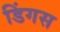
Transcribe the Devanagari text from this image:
डिंगस